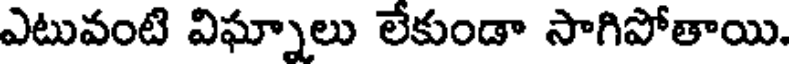
ఎటువంటి విఘ్నాలు లేకుండా సాగిపోతాయి.